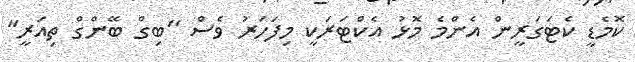
ކޮމެޑީ ކެޓަގަރީން އެންމެ މޮޅު އެކްޓަރަކީ މިފަހަރު ވެސް "ބިގް ބޭންގް ތިއަރީ"